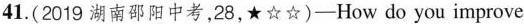
41.(2019 湖南邵阳中考,28,★☆☆) — How do you improve